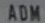
ADM